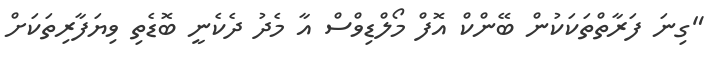
"ގިނަ ފަރާތްތަކަކުން ބޭންކް އޮފް މޯލްޑިވްސް އާ މެދު ދެކެނީ ބޮޑެތި ވިޔަފާރިތަކަށް